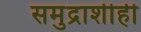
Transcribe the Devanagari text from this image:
समुद्राशीही